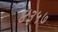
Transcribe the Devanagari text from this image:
४३५७